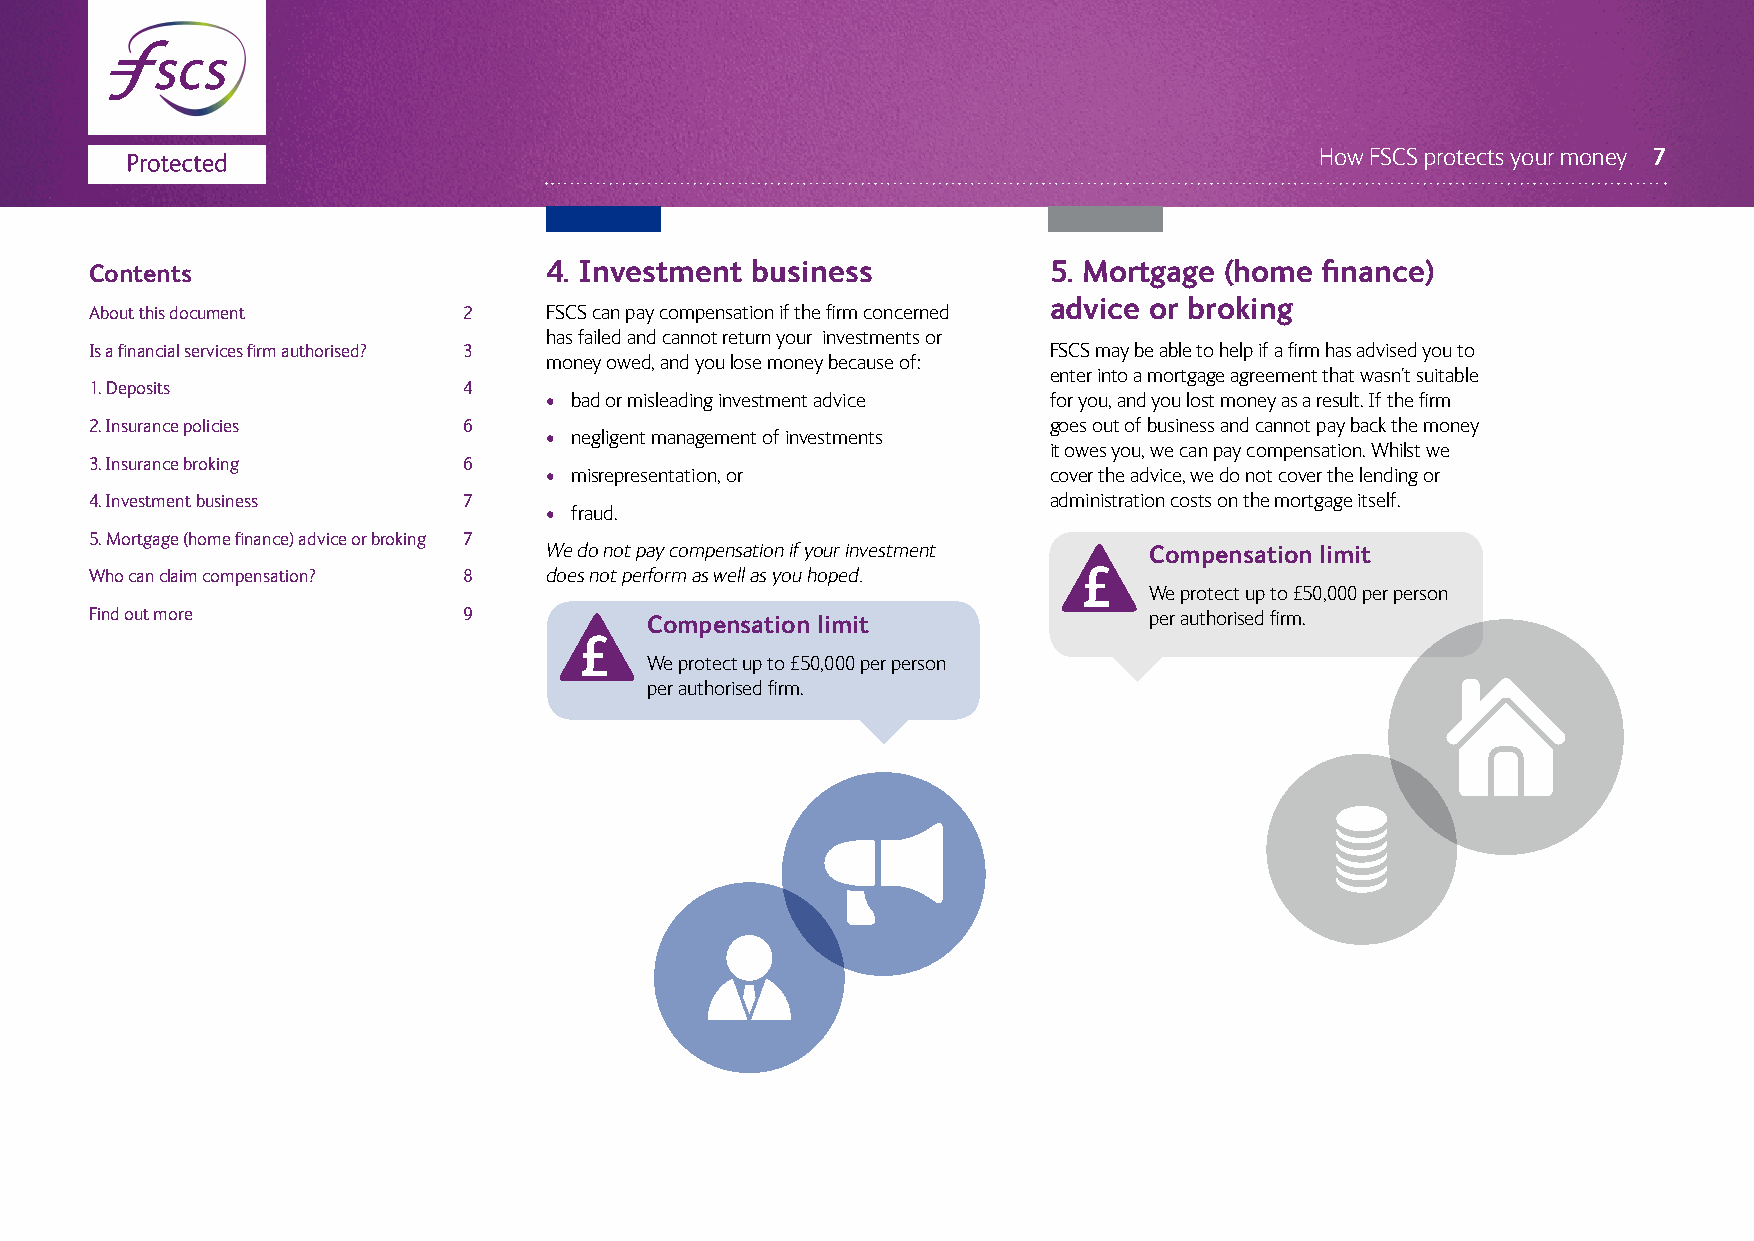
How FSCS protects your money 7
 Contents                      4. Investment business           5. Mortgage (home  finance)
 advice or broking
 About this document      2    FSCS can pay compensation if the firm concerned
 has failed and cannot return your investments or
 Is a financial services firm authorised? 3                     FSCS may be able to help if a firm has advised you to
 money owed, and you lose money because of:
 enter into a mortgage agreement that wasn’t suitable
 1. Deposits              4
 • bad or misleading investment advice for you, and you lost money as a result. If the firm
 2. Insurance policies    6                                     goes out of business and cannot pay back the money
 • negligent management of investments
 it owes you, we can pay compensation. Whilst we
 3. Insurance broking     6
 • misrepresentation, or          cover the advice, we do not cover the lending or
 4. Investment business   7                                     administration costs on the mortgage itself.
 • fraud.
 5. Mortgage (home finance) advice or broking 7
 We do not pay compensation if your investment Compensation limit
 Who can claim compensation? 8 does not perform as well as you hoped.
 We protect up to £50,000 per person
 Find out more            9           Compensation limit               per authorised firm.
 We protect up to £50,000 per person
 per authorised firm.